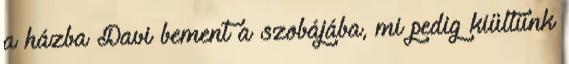
a házba Davi bement a szobájába, mi pedig kiültünk